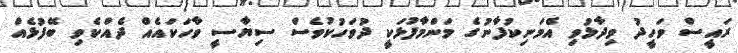
ރައީސް ވަހީދު ވިދާޅުވި އެމަނިކުފާނުގެ މަންމާފުޅަކީ ދުވަހުކުވެސް ސިޔާސީ ވާހަކައެއް ދެއްކެވި ބޭފުޅެއް